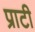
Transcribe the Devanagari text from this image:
प्राटी